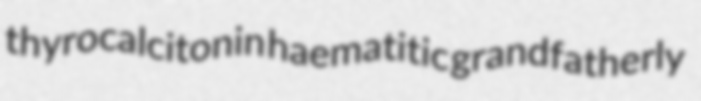
thyrocalcitonin haematitic grandfatherly